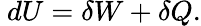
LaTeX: ~dU=\delta W+\delta Q.